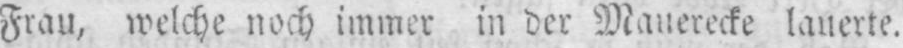
Frau, welche noch immer in der Mauerecke lauerte.